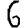
Digit: 6